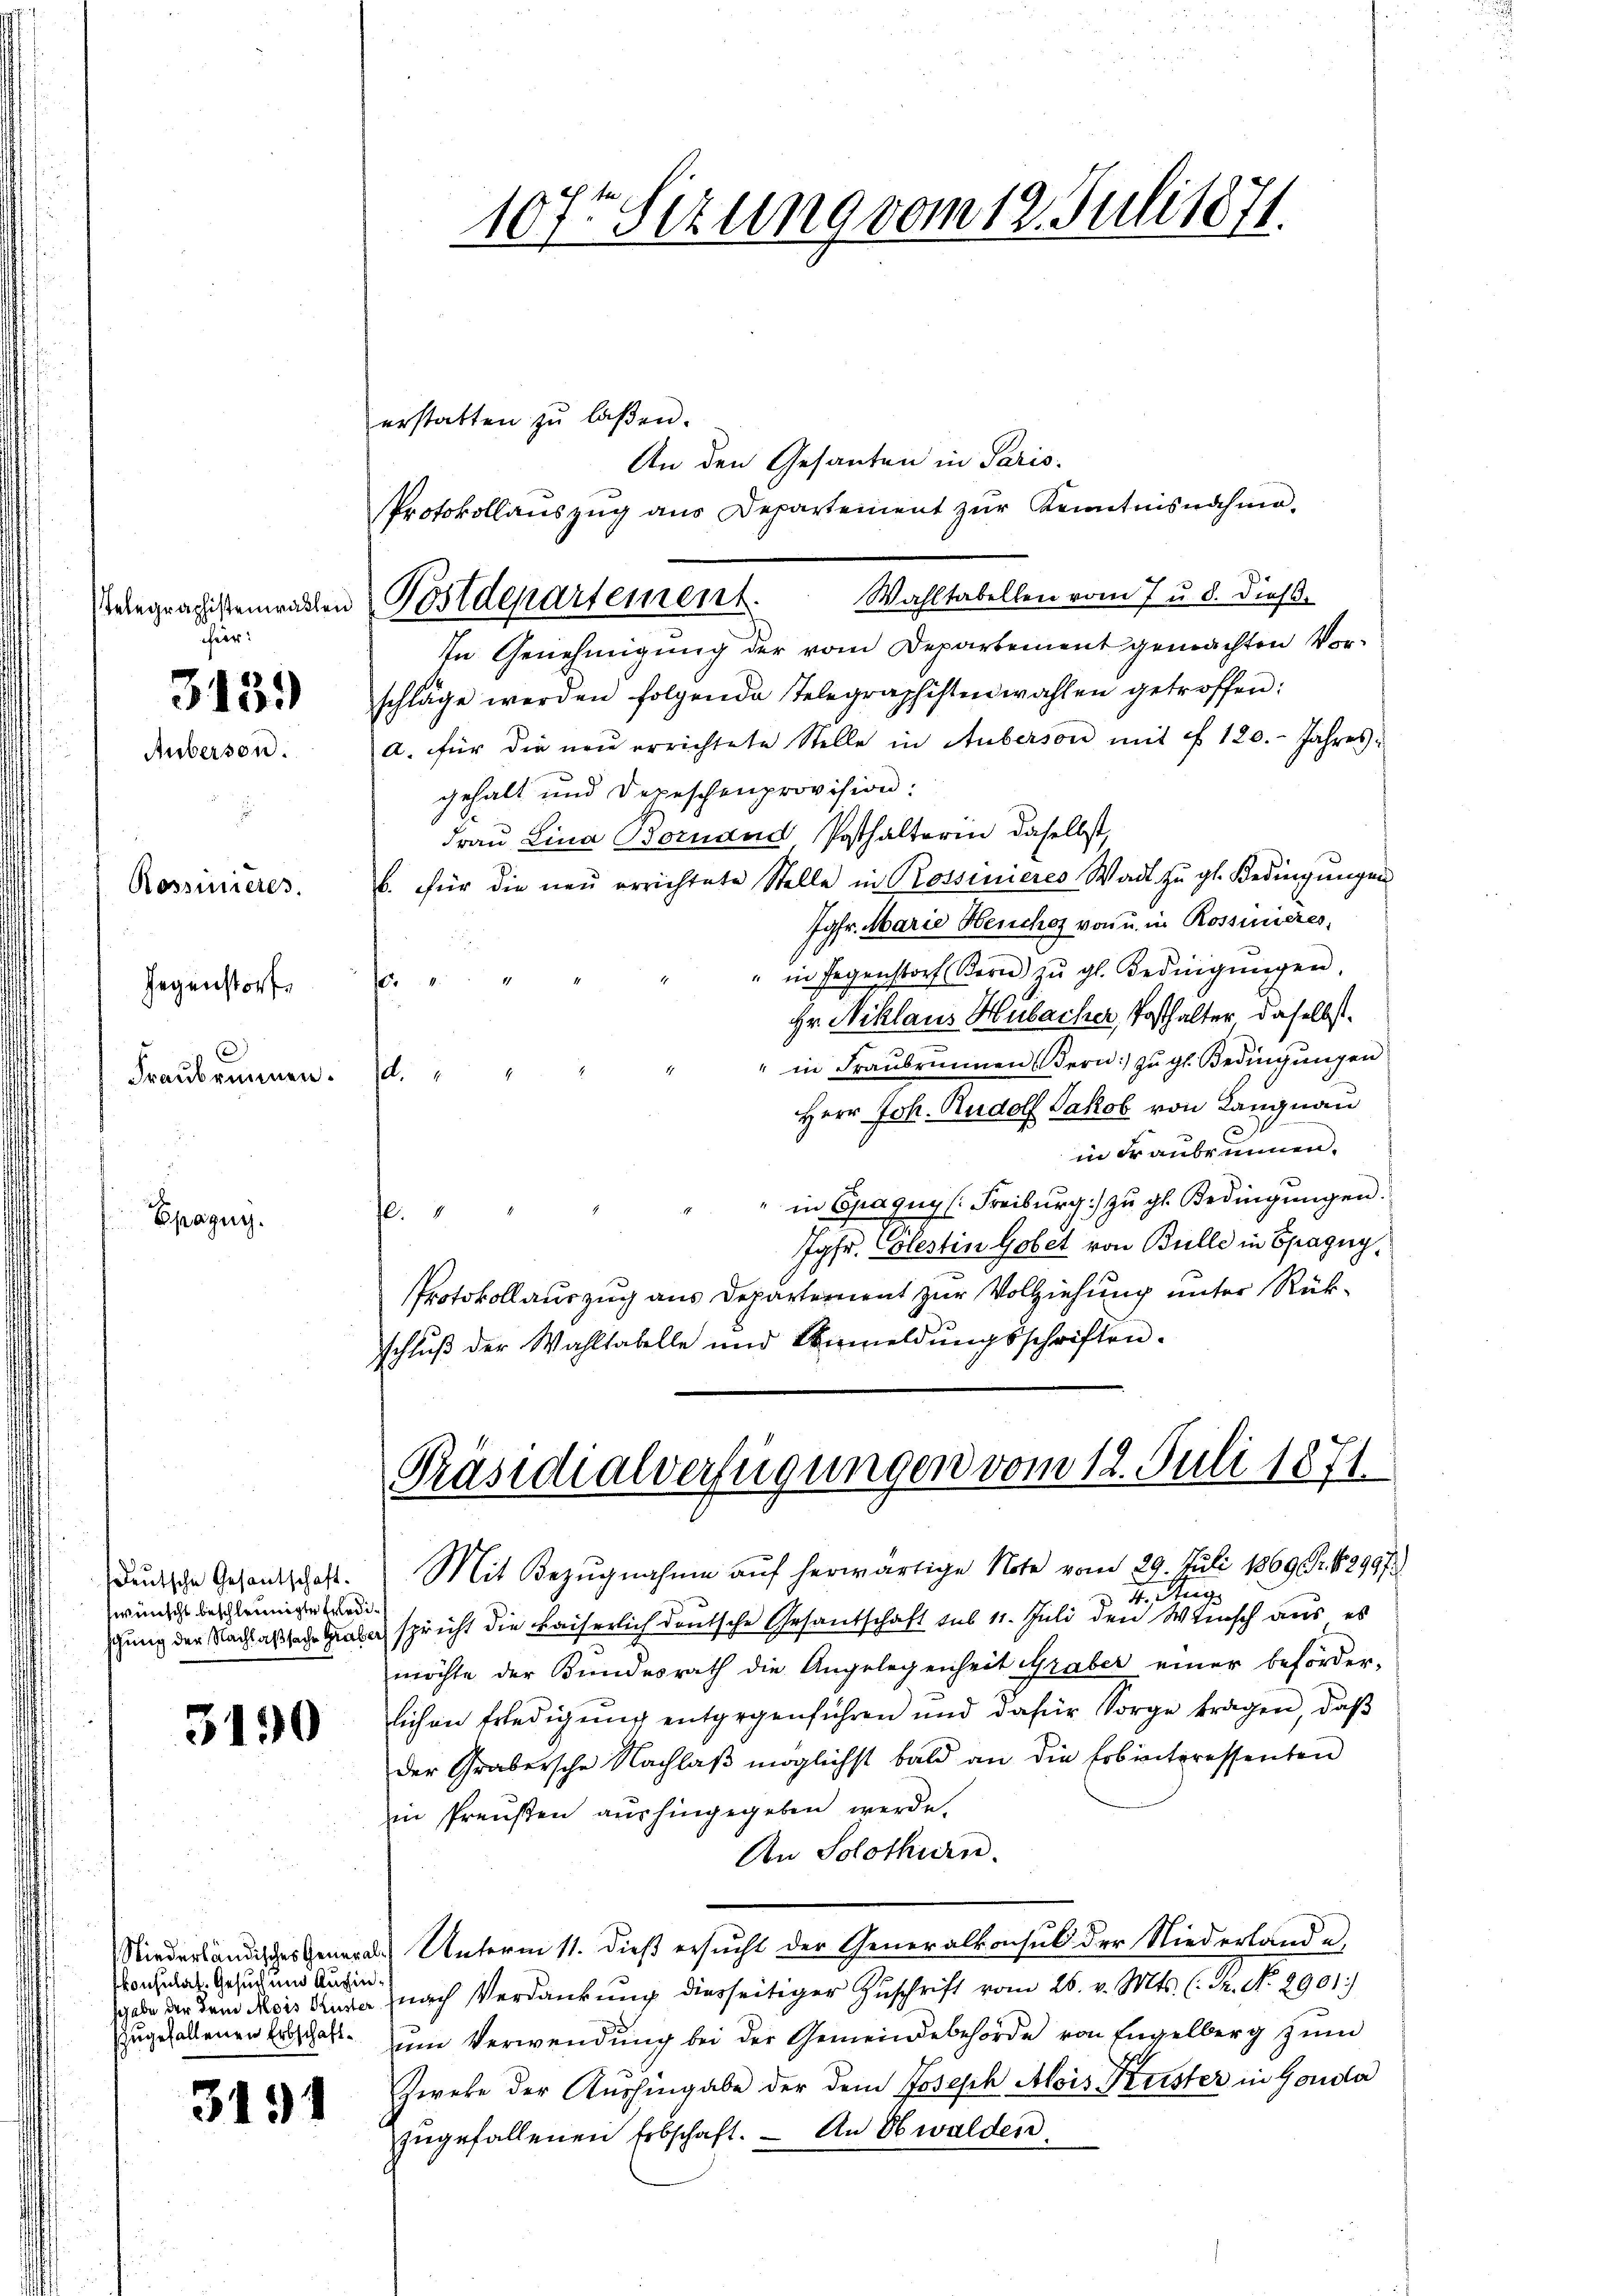
elegraphistenwallen
her.
3159)
Auberson.

Rosseneres.
Gegenstorf,
Fraubrunnen.

Epagny.

deutsche Gesantschaft.
swünscht beschleunigte Erledi¬

3190

Consulat, Gesuch und Aushin¬

3191

107ten Sizung vom 12. Juli 1871.

Postdepartement.
In Genehmigung der vom Departement gemachten Vor¬

erstatten zu laßen.
An den Gesanten in Paris.
Protokollauszug aus Departement zur Kenntnisnahme.
Wahltabellen vom 7 u. d. Diess.
schläge werden folgende Telegraphisten wahlen getroffen:
a. für die neŭ errichtete Stelle in Auberson mit § 120. Jahres-
gehalt und Depeschenprovision:
Frau Lina Bornand Posthalterin daselbst,
b. für die neŭ errichtete Stelle in Rossinieres Wadt zŭ gl. Bedingŭngen
Jgfr. Marie Heuches von u. in Rossinieres,
" in Gegenstorf Korn zŭ gl. Bedingŭngen.
04
Hr. Niklaus Hubacher, Posthalter daselbst
" in Fraŭbrunnen Bern zŭ gl. Bedingŭngen
d.
Herr Joh. Rudolf Jakob von Langnau
in Franbrunnen.
" in Epaguy (Freiburg) zu gl. Bedingungen.
f:
Jgfr. Colestin Gobet von Bulle in Spagny,
PProtokollauszug aus Departement zur Vollziehung unter Rükschluß der Wahltabelle und Vermeldŭngsschriften.

Präsidialverfügungen vom 12. Juli 1871.

Mit Bezŭgnahme aŭf herwärtige Note vom 29. Juli 1869 Fr. 1299 f.
v. 4. Aug
chung der Nachlaßstad Gabe spricht die kaiserlich deutsche Gesandschaft sub 11. Juli den Wunsch aus es
möchte der Bundesrath die Angelegenheit Graber einer beförder-
lichen Erledigŭng entgegenführen und dafür Sorge tragen, daβ
der Grabersche Nachlaβ möglichst bald an die Erbinteressenten
in Preußen aushingegeben werde.
An Solothurn.
Niederländisches General-Unterm 11. Dieß ersucht der Generalkonsul der Niederlande
sgabe der dem Reis Sara nach Verdankung diesseitiger Zuschrift vom 26. v. Mts. (: Fr. No 2901)
zugefallenen Kraft zum Verwendung bei der Gemeindebehörde von Engelberg zum
Zweke der Aushingabe der dem Joseph Alois Frister in Gonda
zŭgefallenen Erbschaft. - An Obwalden